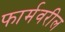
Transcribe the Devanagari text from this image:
फार्मवरील